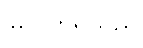
မြင်လာရသည်